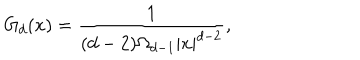
LaTeX: G _ { d } ( x ) = \frac { 1 } { ( d - 2 ) \Omega _ { d - 1 } | x | ^ { d - 2 } } ,